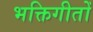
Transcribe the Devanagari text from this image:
भक्तिगीतोँ